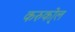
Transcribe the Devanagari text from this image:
करुको्ल